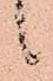
候